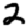
Digit: 2